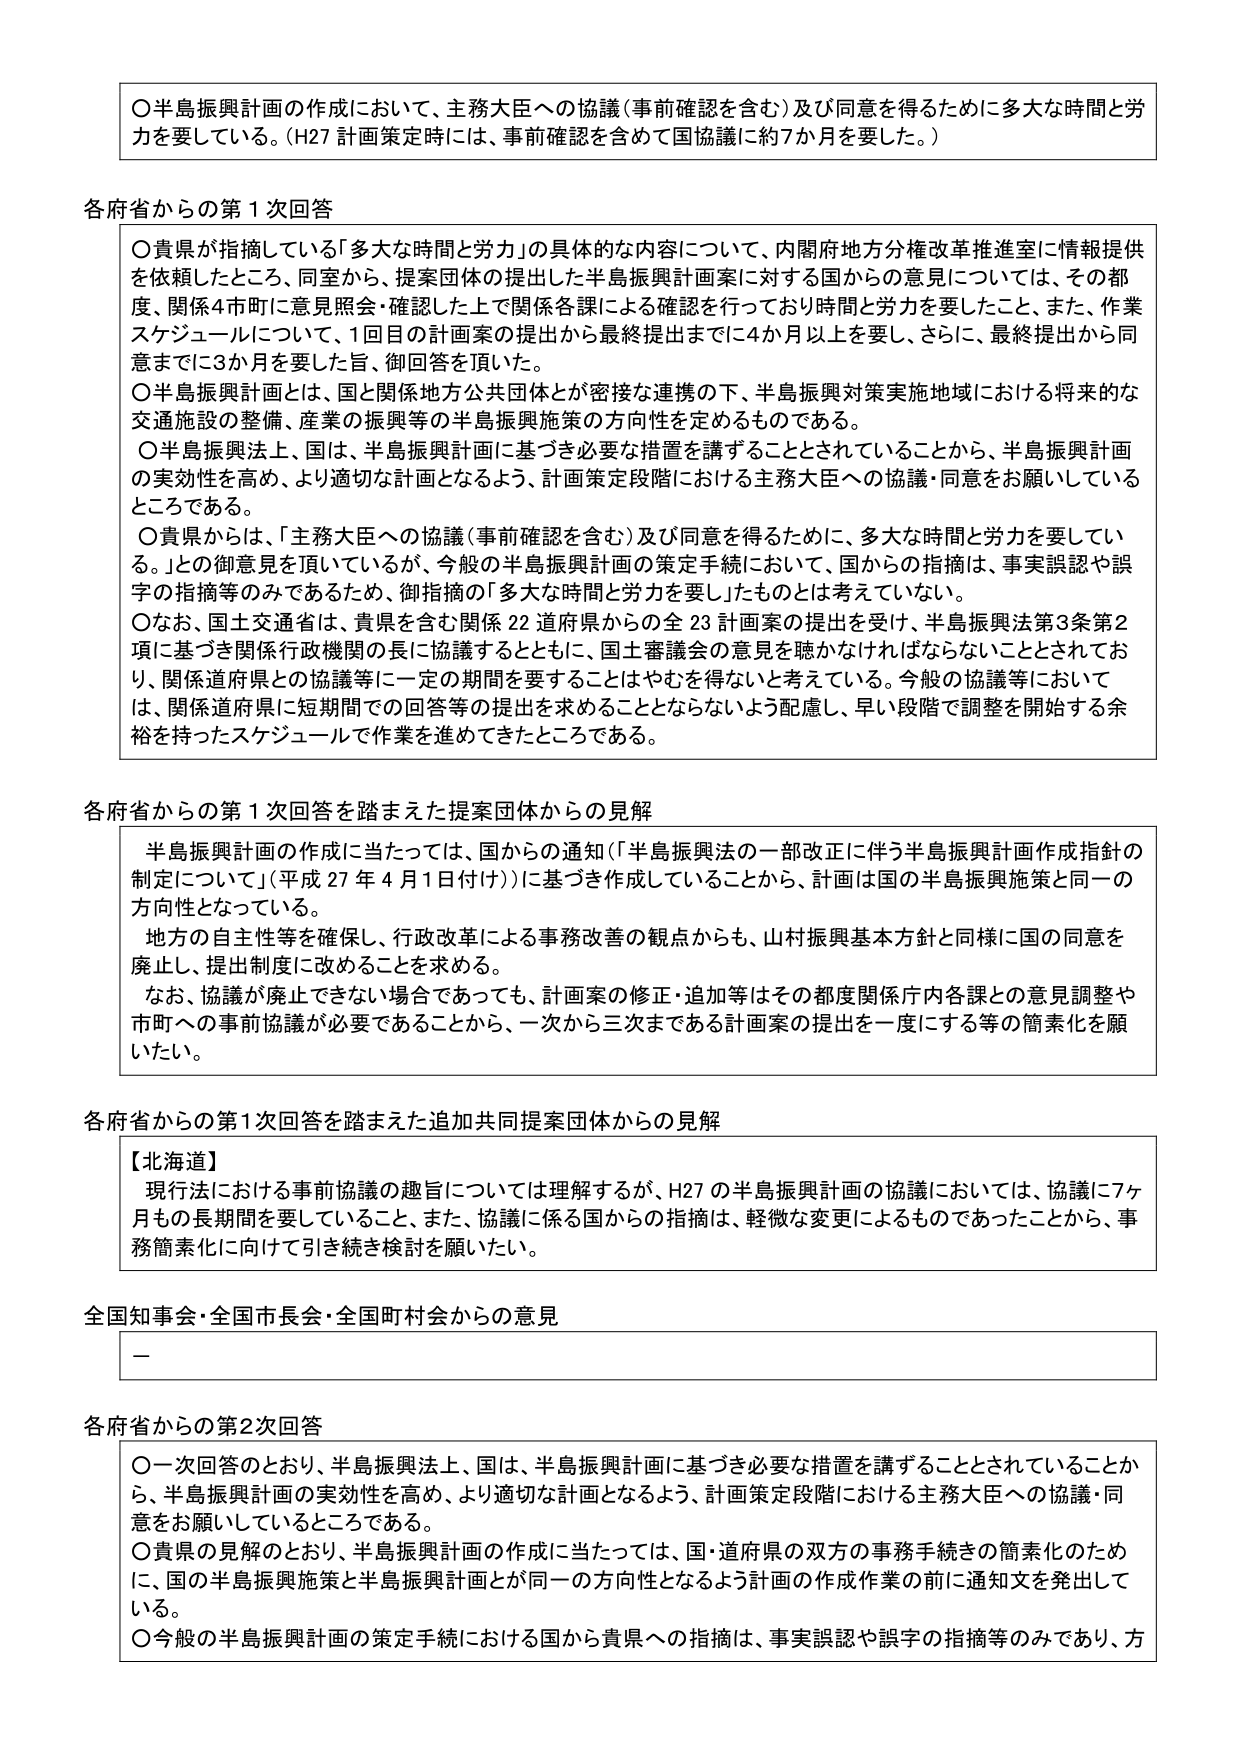
〇半島振興計画の作成において、主務大臣への協議（事前確認を含む）及び同意を得るために多大な時間と労力を要している。（H27 計画策定時には、事前確認を含めて国協議に約7か月を要した。）

各府省からの第1次回答

〇貴県が指摘している「多大な時間と労力」の具体的な内容について、内閣府地方分権改革推進室に情報提供を依頼したところ、同室から、提案団体の提出した半島振興計画案に対する国からの意見については、その都度、関係4市町に意見照会・確認した上で関係各課による確認を行っており時間と労力を要したこと、また、作業スケジュールについて、1回目の計画案の提出から最終提出までに4か月以上を要し、さらに、最終提出から同意までに3か月を要した旨、御回答を頂いた。

〇半島振興計画とは、国と関係地方公共団体とが密接な連携の下、半島振興対策実施地域における将来的な交通施設の整備、産業の振興等の半島振興施策の方向性を定めるものである。

〇半島振興法上、国は、半島振興計画に基づき必要な措置を講ずることとされていることから、半島振興計画の実効性を高め、より適切な計画となるよう、計画策定段階における主務大臣への協議・同意をお願いしているところである。

〇貴県からは、「主務大臣への協議（事前確認を含む）及び同意を得るために、多大な時間と労力を要している。」との御意見を頂いているが、今般の半島振興計画の策定手続において、国からの指摘は、事実誤認や誤字の指摘等のみであるため、御指摘の「多大な時間と労力を要した」ものとは考えていない。

〇なお、国土交通省は、貴県を含む関係22道府県からの全23計画案の提出を受け、半島振興法第3条第2項に基づき関係行政機関の長に協議するとともに、国土審議会の意見を聴かなければならないこととされており、関係道府県との協議等に一定の期間を要することはやむを得ないと考えている。今般の協議等においては、関係道府県に短期間での回答等の提出を求めることとならないよう配慮し、早い段階で調整を開始する余裕を持ったスケジュールで作業を進めてきたところである。

各府省からの第1次回答を踏まえた提案団体からの見解

半島振興計画の作成に当たっては、国からの通知（「半島振興法の一部改正に伴う半島振興計画作成指針の制定について」（平成27年4月1日付け））に基づき作成していることから、計画は国の半島振興施策と同一の方向性となっている。

地方の自主性等を確保し、行政改革による事務改善の観点からも、山村振興基本方針と同様に国の同意を廃止し、提出制度に改めることを求める。

なお、協議が廃止できない場合であっても、計画案の修正・追加等はその都度関係庁内各課との意見調整や市町への事前協議が必要であることから、一次から三次まである計画案の提出を一度にする等の簡素化を願いたい。

各府省からの第1次回答を踏まえた追加共同提案団体からの見解

【北海道】
現行法における事前協議の趣旨については理解するが、H27の半島振興計画の協議においては、協議に7ヶ月もの長期間を要していること、また、協議に係る国からの指摘は、軽微な変更によるものであったことから、事務簡素化に向けて引き続き検討を願いたい。

全国知事会・全国市長会・全国町村会からの意見
－

各府省からの第2次回答

〇一次回答のとおり、半島振興法上、国は、半島振興計画に基づき必要な措置を講ずることとされていることから、半島振興計画の実効性を高め、より適切な計画となるよう、計画策定段階における主務大臣への協議・同意をお願いしているところである。

〇貴県の見解のとおり、半島振興計画の作成に当たっては、国・道府県の双方の事務手続きの簡素化のために、国の半島振興施策と半島振興計画とが同一の方向性となるよう計画の作成作業の前に通知文を発出している。

〇今般の半島振興計画の策定手続における国から貴県への指摘は、事実誤認や誤字の指摘等のみであり、方